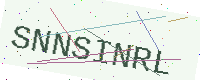
Text: SNNSINRL